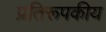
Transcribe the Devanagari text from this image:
प्रतिरूपकीय